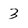
Character: 3